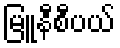
မြူနီစီပယ်